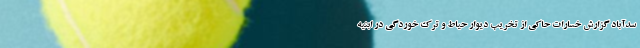
سدآباد گزارش خسارات حاکی از تخریب دیوار حیاط و ترک خوردگی در ابنیه